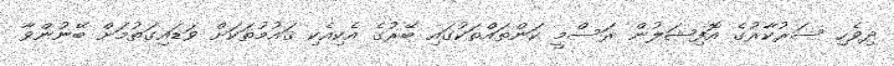
ދިވެހި ސަރުކާރުގެ އޮފިޝަލުން ރަސްމީ ކަންތައްތަކުގައި ބޭރުގެ އެކިއެކި ޤައުމުތަކަށް ވަޑައިގަތުމަށް ބޭނުންވާ